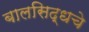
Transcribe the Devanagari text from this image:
बालसिद्धचे